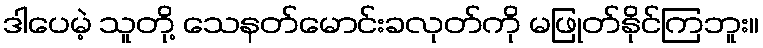
ဒါပေမဲ့ သူတို့ သေနတ်မောင်းခလုတ်ကို မဖြုတ်နိုင်ကြဘူး။